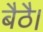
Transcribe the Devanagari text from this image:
बैठै।